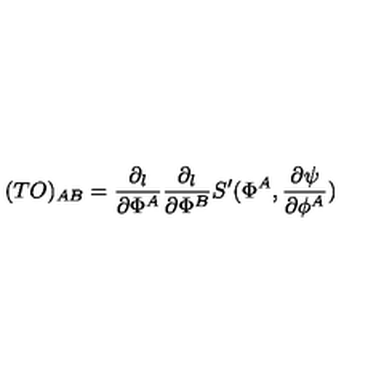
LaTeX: ( T { \sl O } ) _ { A B } = { \frac { \partial _ { l } } { \partial \Phi ^ { A } } } { \frac { \partial _ { l } } { \partial \Phi ^ { B } } } S ^ { \prime } ( \Phi ^ { A } , { \frac { \partial \psi } { \partial \phi ^ { A } } } )